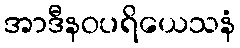
အာဒီနဝပရိယေသနံ